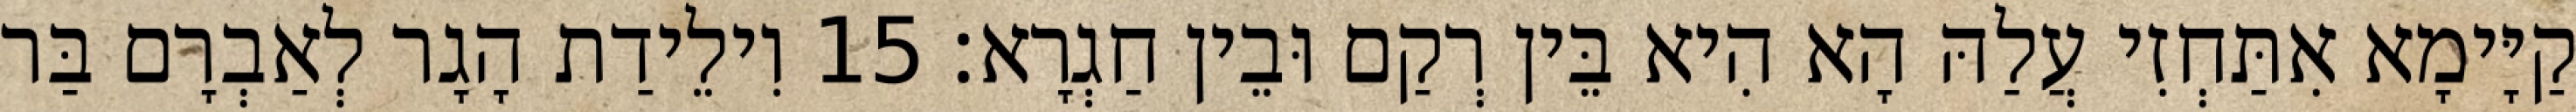
קַיָּימָא אִתַּחְזִי עֲלַהּ הָא הִיא בֵּין רְקַם וּבֵין חַגְרָא׃ 15 וִילֵידַת הָגָר לְאַבְרָם בַּר